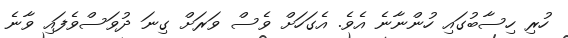
ހުރި ހިސާބުގައި ހުންނާނެ އެވެ. އެގަހަށް ވެސް ވަރަށް ގިނަ ދުވަސްވެފައި ވާނެ